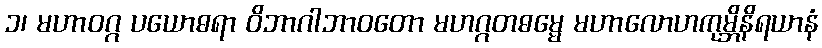
၁၊ မဟာဝဂ္ဂ ပယောဓရာ ဝိဘာဂါဘာဝတော မဟဂ္ဂတဓမ္မေ မဟာလောဟကုမ္ဘိနိရယာနံ